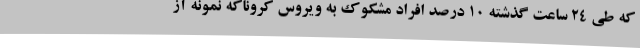
که طی 24 ساعت گذشته 10 درصد افراد مشکوک به ویروس کروناکه نمونه آز